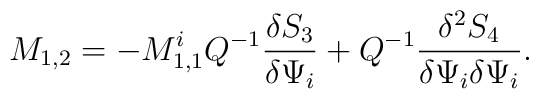
M_{1,2} = - M^i_{1,1} Q^{-1} \frac{\delta S_3}{\delta\Psi_i} +Q^{-1}\frac{\delta^2 S_4}{\delta\Psi_i \delta\Psi_i}.